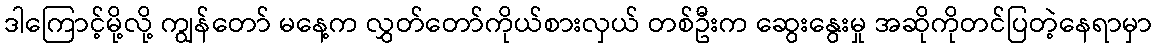
ဒါကြောင့်မို့လို့ ကျွန်တော် မနေ့က လွှတ်တော်ကိုယ်စားလှယ် တစ်ဦးက ဆွေးနွေးမှု အဆိုကိုတင်ပြတဲ့နေရာမှာ